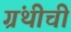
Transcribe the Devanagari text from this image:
ग्रंथीची